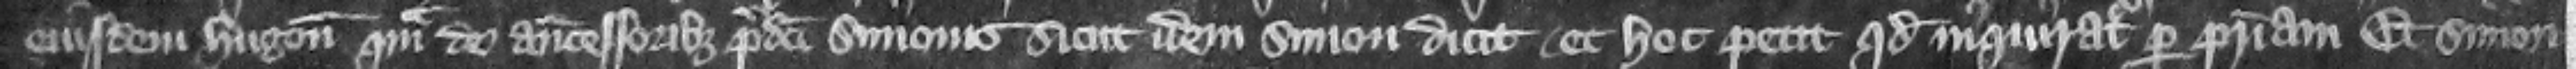
eiusdem Hugonis quam de antecessoribus predicti Simonis sicut idem Simon dicit. Et hoc petit quod inquiratur per patriam. Et Simon